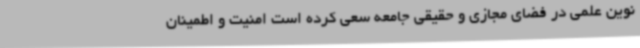
نوین علمی در فضای مجازی و حقیقی جامعه سعی کرده است امنیت و اطمینان